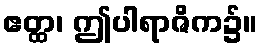
ဧတ္ထ၊ ဤပါရာဇိက၌။